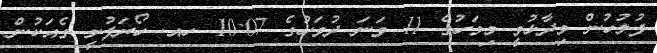
ފުލުހުން ވިދާޅުވީ މިމަހުގެ 11 ވަނަ ދުވަހުގެ 10:07 ހއ. ހޯރަފުށީ ގެއަކުން